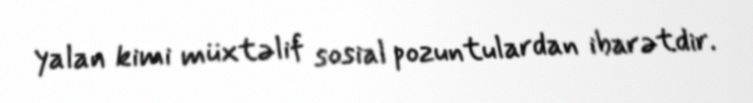
yalan kimi müxtəlif sosial pozuntulardan ibarətdir.